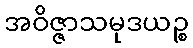
အဝိဇ္ဇာသမုဒယဉ္စ